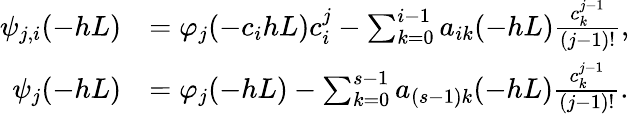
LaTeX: \begin{array}{rl}{\psi_{j,i}(-hL)}&{=\varphi_{j}(-c_{i}hL)c_{i}^{j}-\sum_{k=0}^{i-1}a_{ik}(-hL)\frac{c_{k}^{j-1}}{(j-1)!},}\\ {\psi_{j}(-hL)}&{=\varphi_{j}(-hL)-\sum_{k=0}^{s-1}a_{(s-1)k}(-hL)\frac{c_{k}^{j-1}}{(j-1)!}.}\end{array}